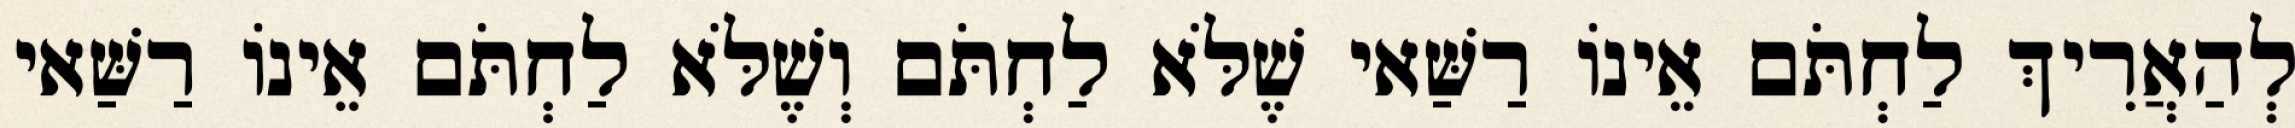
לְהַאֲרִיךְ לַחְתֹּם אֵינוֹ רַשַּׁאי שֶׁלֹּא לַחְתֹּם וְשֶׁלֹּא לַחְתֹּם אֵינוֹ רַשַּׁאי